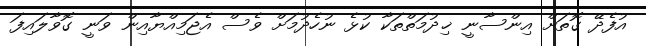
އުފެދޭ ގޮތަށް އިންސާނީ ޚިދުމަތްތަކާ ކުޅެ ނުހެދުމަށް ވެސް އެޖަމިއްޔާއިން ވަނީ ގޮވާލައިފަ